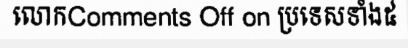
លោកComments Off on ប្រទេសទាំង៥